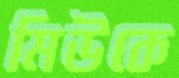
মিউকে